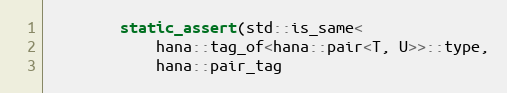
Language: C++
        static_assert(std::is_same<
            hana::tag_of<hana::pair<T, U>>::type,
            hana::pair_tag